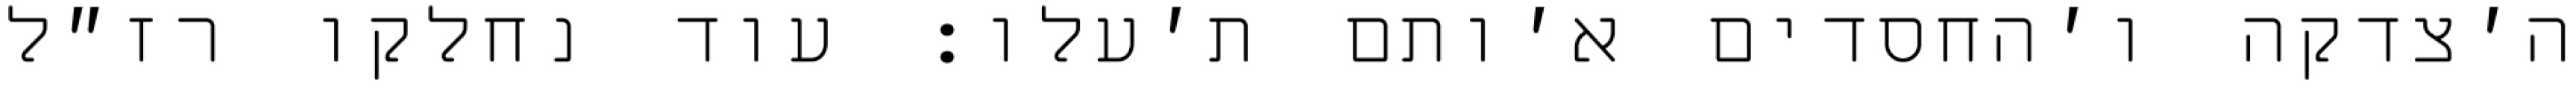
ה׳צדקה ו׳החסדים א׳ותם ת׳עלו: עוד נחלקו רז״ל